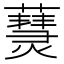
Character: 𤑒